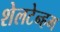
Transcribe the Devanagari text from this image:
शेलटेन्हम